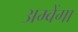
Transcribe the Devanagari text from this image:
अम्बेंगा